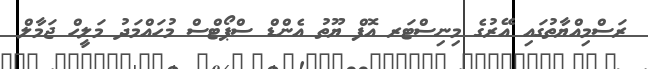
ރަސްމިއްޔާތުގައި އޭރުގެ މިނިސްޓަރ އޮފް ޔޫތު އެންޑް ސްޕޯޓްސް މުހައްމަދު މަލީހް ޖަމާލް